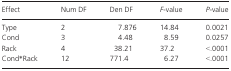
<table><thead><tr><td><b>Effect</b></td><td><b>Num DF</b></td><td><b>Den DF</b></td><td><b><i>F</i>-value</b></td><td><b><i>P-</i>value</b></td></tr></thead><tbody><tr><td>Type</td><td>2</td><td>7.876</td><td>14.84</td><td>0.0021</td></tr><tr><td>Cond</td><td>3</td><td>4.48</td><td>8.59</td><td>0.0257</td></tr><tr><td>Rack</td><td>4</td><td>38.21</td><td>37.2</td><td>&lt;.0001</td></tr><tr><td>Cond*Rack</td><td>12</td><td>771.4</td><td>6.27</td><td>&lt;.0001</td></tr></tbody></table>